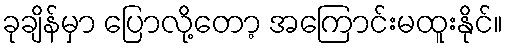
ခုချိန်မှာ ပြောလို့တော့ အကြောင်းမထူးနိုင်။